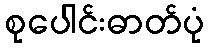
စုပေါင်းဓာတ်ပုံ